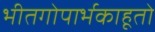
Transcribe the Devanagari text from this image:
भीतगोपार्भकाहूतो